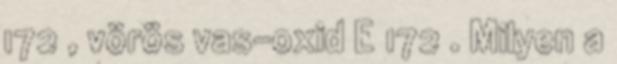
172 , vörös vas-oxid E 172 . Milyen a